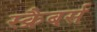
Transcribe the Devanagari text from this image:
स्क्रैबर्स